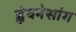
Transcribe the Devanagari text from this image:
ह्वेवनेसांग